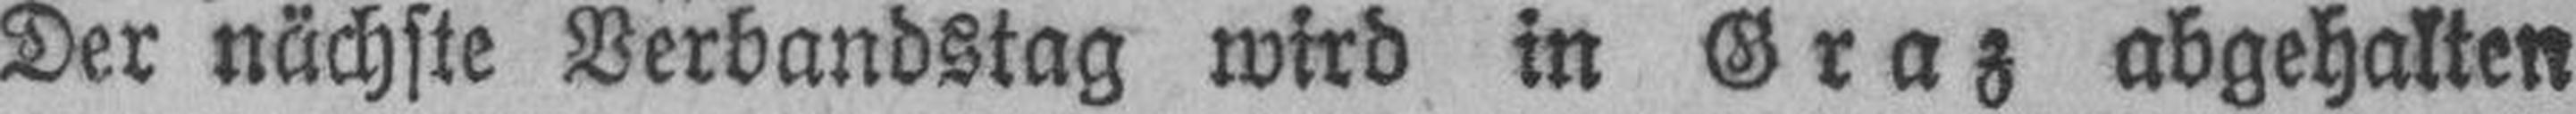
Der nächste Verbandstag wird in Graz abgehalten